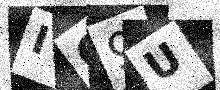
Text: IO9U